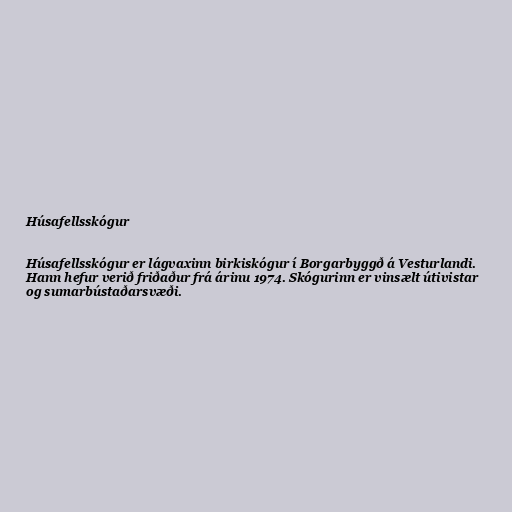
Húsafellsskógur

Húsafellsskógur er lágvaxinn birkiskógur í Borgarbyggð á Vesturlandi.
Hann hefur verið friðaður frá árinu 1974. Skógurinn er vinsælt útivistar
og sumarbústaðarsvæði.